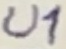
Text: U1